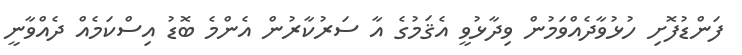
ފަންޑުފޮށި ހުޅުވާދެއްވަމުން ވިދާޅުވީ އެޤަމުގެ އާ ސަރުކާރުން އެންމެ ބޮޑު އިސްކަމެއް ދެއްވާނީ